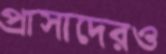
প্রাসাদেরও